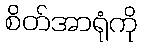
စိတ်အာရုံကို